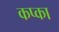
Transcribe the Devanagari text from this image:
कप्का